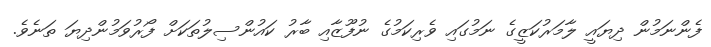
ފެންނަމުން ދިޔައީ ލާމަރުކަޒީގެ ނަމުގައި ވެރިކަމުގެ ނުފޫޒާއި ބާރު ކައުންސިލުތަކަށް ފޯރުވަމުންދިޔަ ތަނެވެ.